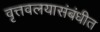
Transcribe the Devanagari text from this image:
वृत्तवलयासंबंधीत